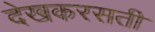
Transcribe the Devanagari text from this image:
देखकरसती